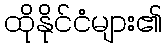
ထိုနိုင်ငံများ၏